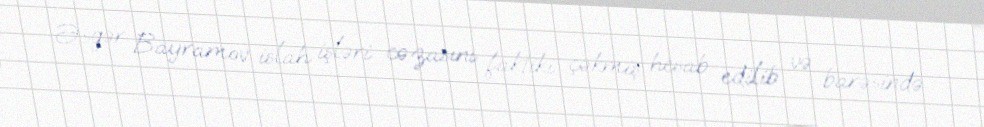
Əsgər Bayramov islah işləri cəzasını faktiki çəkmiş hesab edilib və barəsində